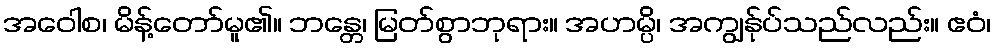
အဝေါစ၊ မိန့်တော်မူ၏။ ဘန္တေ၊ မြတ်စွာဘုရား။ အဟမ္ပိ၊ အကျွန်ုပ်သည်လည်း။ ဧဝံ၊